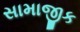
સામાજીક